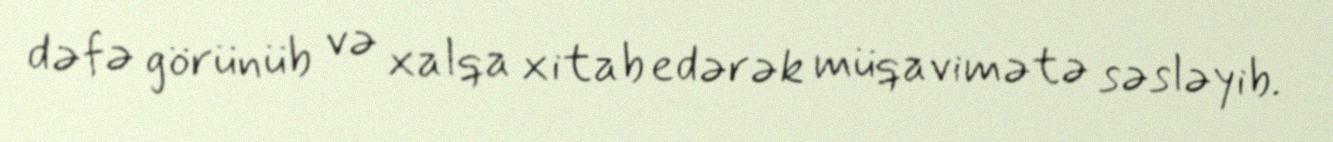
dəfə görünüb və xalqa xitab edərək müqavimətə səsləyib.